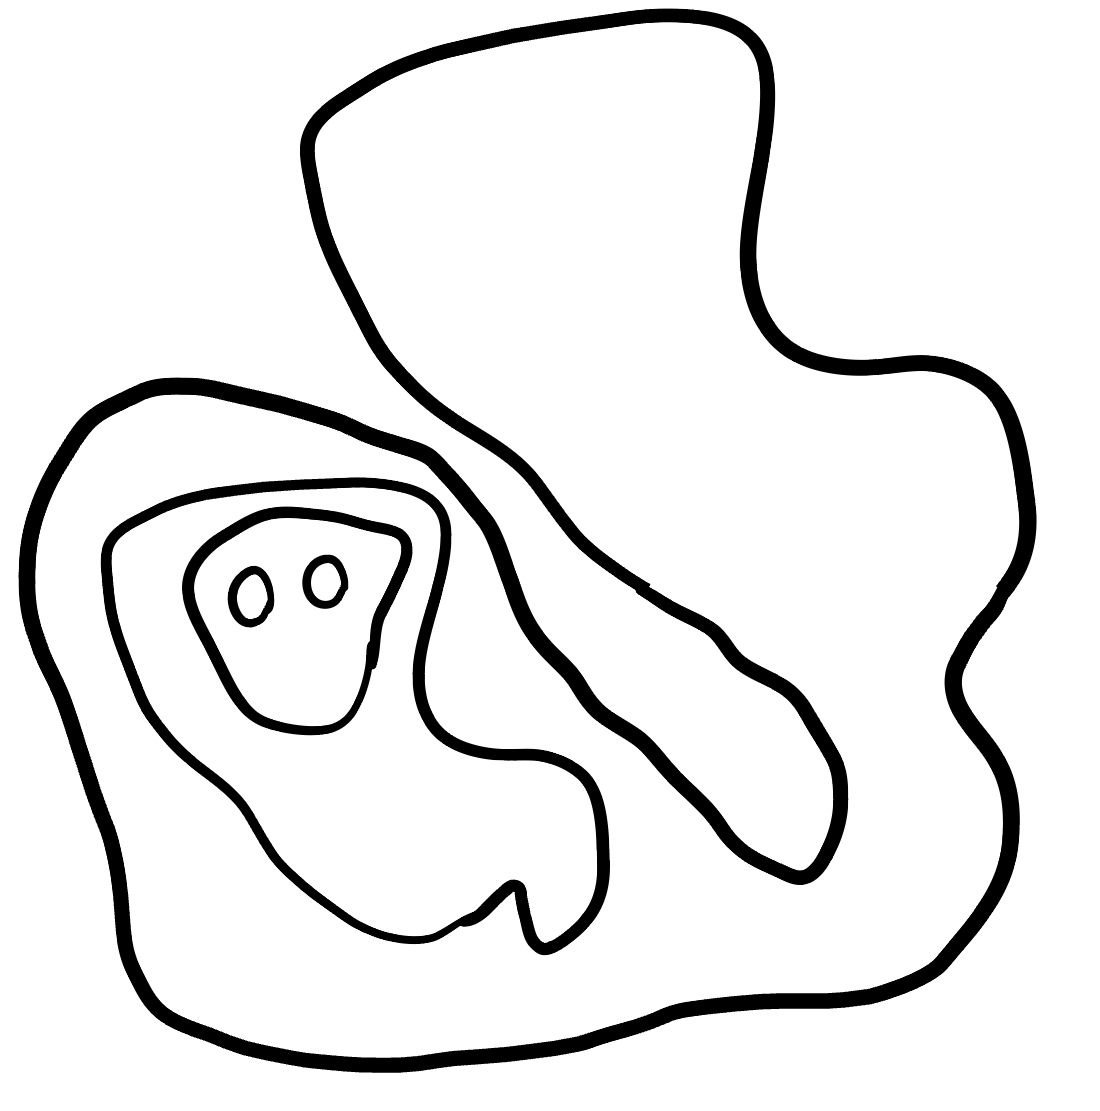
Number of regions (including the outer root region): 6
Containment tree edges (parent, child): 0, 1, 1, 2, 2, 3, 3, 4, 3, 5